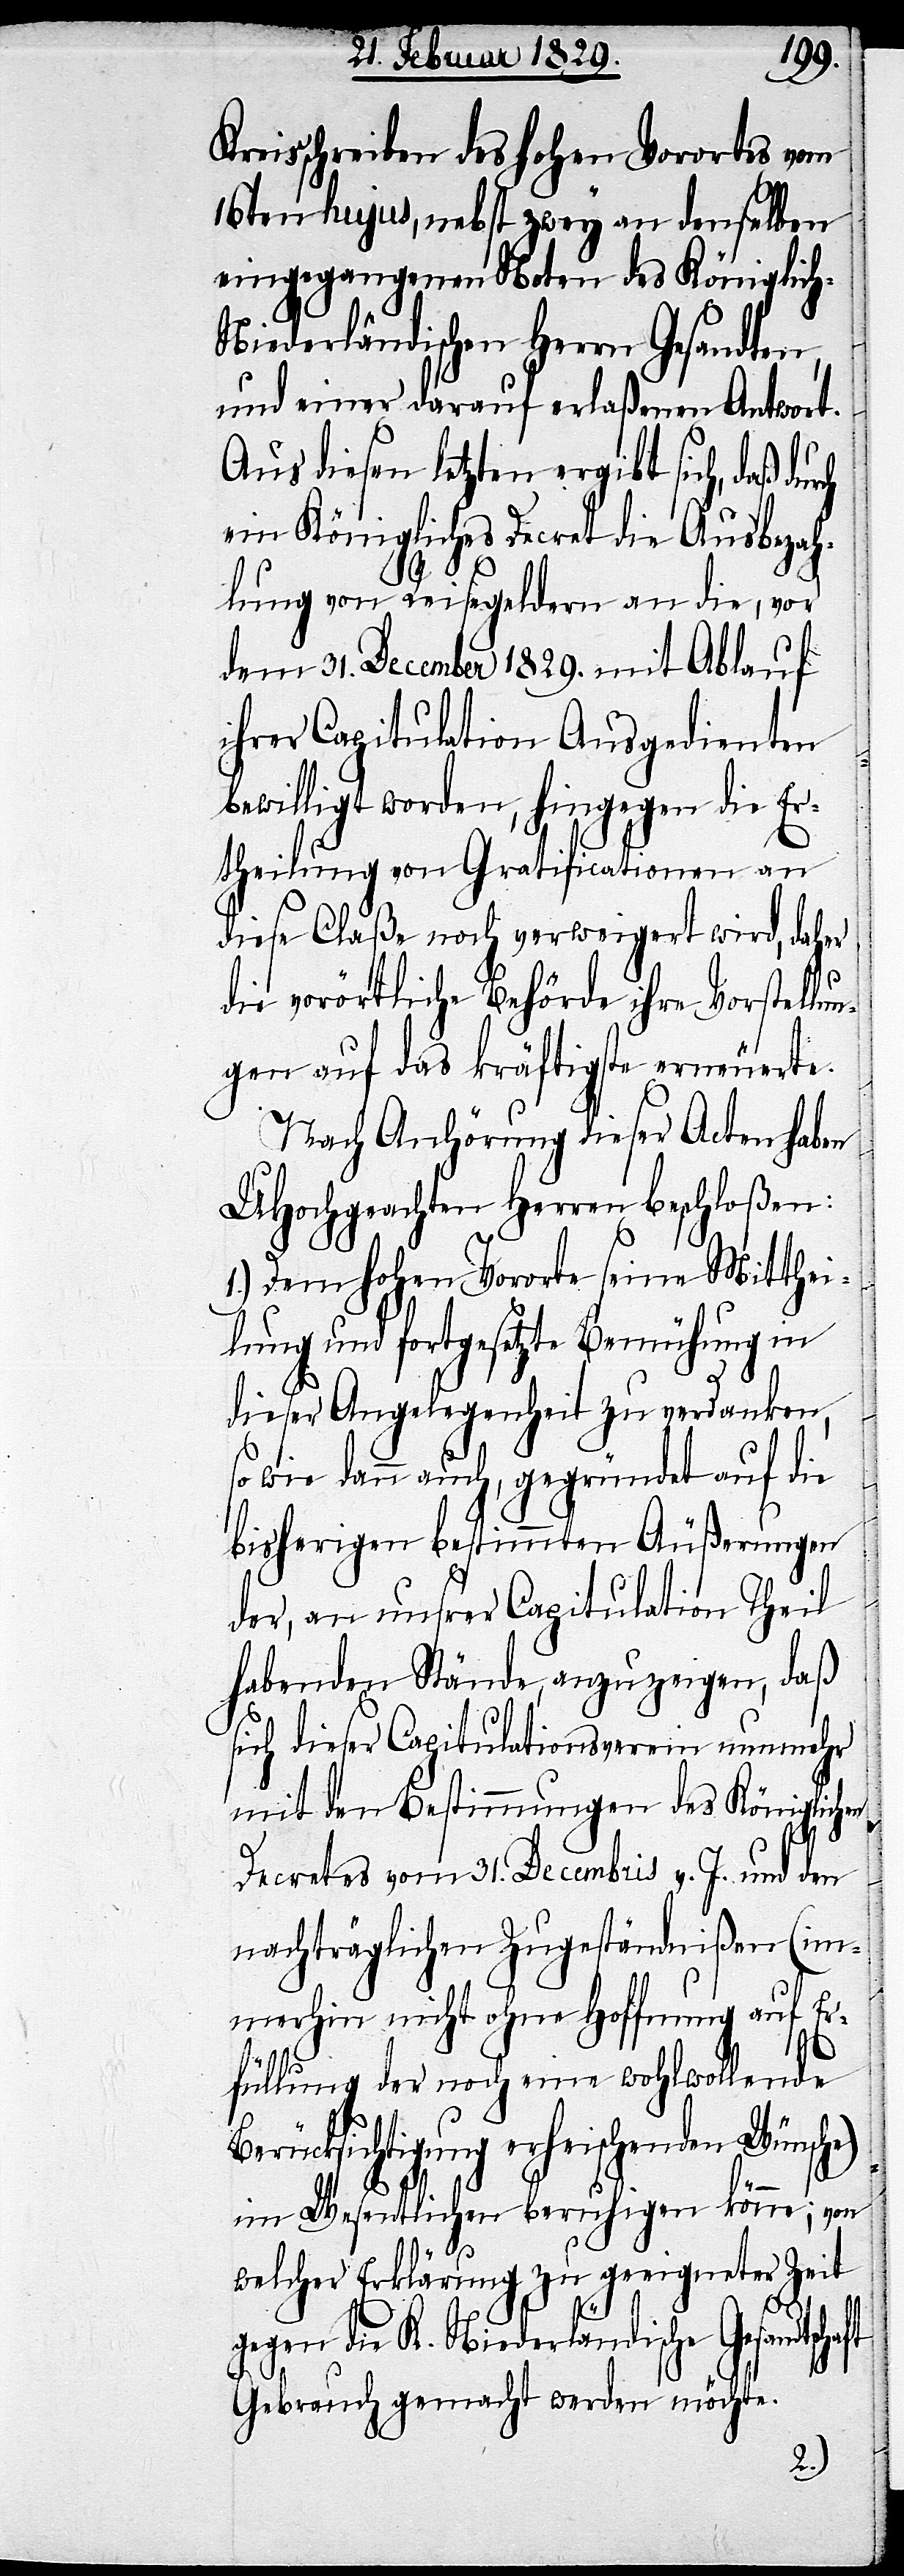
Ber¬
Kreisschreiben des hohen Vororts vom
16ten hujus, nebst zwey an denselben
eingegangenen Noten des Königlic¬
h-Niederländischen Herrn Gesandten,
und einer darauf erlaßenen Antwort.
Aus diesen letzten ergibt sich, daß
ein Königliches Decret die Ausbezah¬
lung von Reisegeldern an die, vor
dem 31. December 1829. [1828.]
ihrer Capitulation Ausgedienten
bewilligt worden, hingegen die Er¬
theilung von Gratificationen an
diese Claße noch verweigert wird, daher
die vorörtliche Behörde ihre Vorstellu¬
ngen auf das kräftigste erneuerte.
Nach Anhörung dieser Acten haben
UHochgeachten Herren beschloßen:
1.) Dem hohen Vororte seine Mitthei¬
lung und fortgesetzte Bemühung in
dieser Angelegenheit zu verdanken,
so wie dann auch, gegründet auf die
bisherigen bestimmten Äußerungen
der, an unsrer Capitulation Theil
habenden Stände, anzuzeigen, daß
sich dieser Capitulationsverein nunmehr
mit den Bestimmungen des Königlichen
Decretes vom 31. Decembris v. J. und den
nachträglichen Zugeständnißen (im¬
merhin nicht ohne Hoffnung auf Er¬
füllung der noch eine wohlwollende
ücksichtigung erheischenden Wünsc¬
im Wesentlichen beruhigen könne; von
welcher Erklärung zu geeigneter Zeit
gegen die K. Niederländische Gesandtsc¬
Gebrauch gemacht werden möchte.
haft